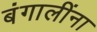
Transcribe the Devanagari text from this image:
बंगालींना